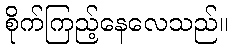
စိုက်ကြည့်နေလေသည်။